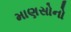
માણસોનો